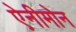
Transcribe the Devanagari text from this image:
ऐनीमोन